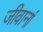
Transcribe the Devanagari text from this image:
जीवानां